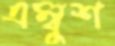
এম্বুশ